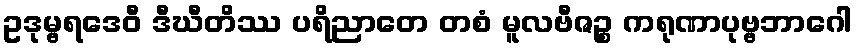
ဥဒုမ္ဗရဒေဝီ ဒီဃီတိဿ ပရိညာတေ တစံ မူလဗီဇဉ္စ ကရုဏာပုဗ္ဗဘာဂေါ